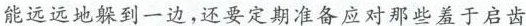
能远远地躲到一边，还要定期准备应对那些羞于启齿